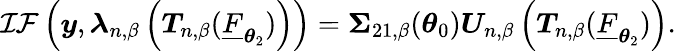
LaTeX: \mathcal{IF}\left(\boldsymbol{y},\boldsymbol{\lambda}_{n,\beta}\left(\boldsymbol{T}_{n,\beta}(\underline{{F}}_{\boldsymbol{\theta}_{2}})\right)\right)=\boldsymbol{\Sigma}_{21,\beta}(\boldsymbol{\theta}_{0})\boldsymbol{U}_{n,\beta}\left(\boldsymbol{T}_{n,\beta}(\underline{{F}}_{\boldsymbol{\theta}_{2}})\right).